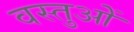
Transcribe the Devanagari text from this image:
वस्तुओें